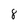
Character: 8